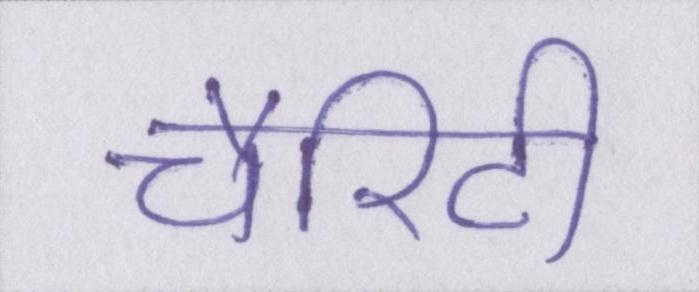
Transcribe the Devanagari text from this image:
चैरिटी